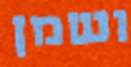
ושמן